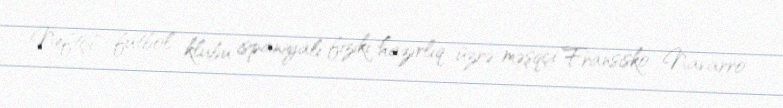
Neftçi" futbol klubu ispaniyalı fiziki hazırlıq üzrə məşqçi Fransisko Navarro